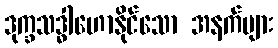
ဒုက္ခသဒ္ဓါဟောနိုင်သော အနက်များ